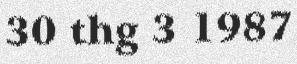
30 thg 3 1987